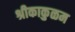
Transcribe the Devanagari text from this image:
श्रीकाकुळम